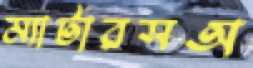
ম্যাটারসঅ